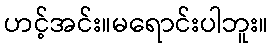
ဟင့်အင်း။မရောင်းပါဘူး။